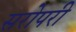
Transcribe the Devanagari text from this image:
सरोपरी